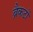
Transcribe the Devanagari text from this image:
ब्रैकटों